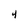
Character: 4